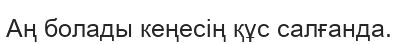
Аң болады кеңесің құс салғанда.